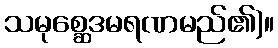
သမုစ္ဆေဒမရဏမည်၏)။